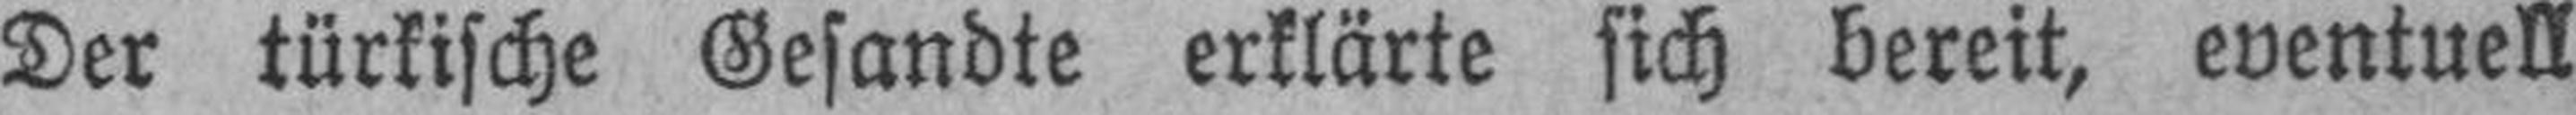
Der türkische Gesandte erklärte sich bereit, eventuell